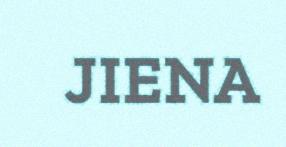
JIENA